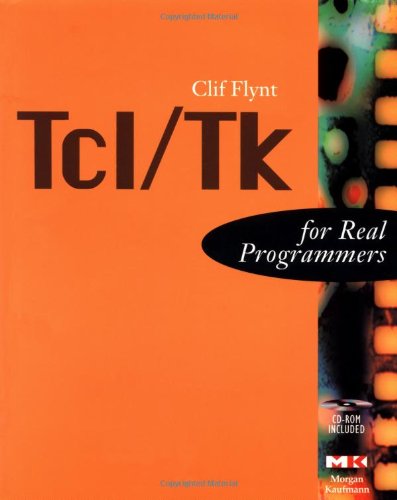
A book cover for Tcl/Tk For Real Programmers (The For Real Programmers Series); Clif Flynt; Computers & Technology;